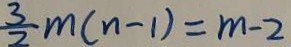
\frac { 3 } { 2 } m ( n - 1 ) = m - 2